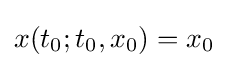
x(t_{0};t_{0},x_{0})=x_{0}